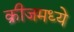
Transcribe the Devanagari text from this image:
क्रीजमध्ये